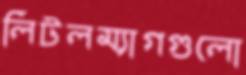
লিটলম্যাগগুলো